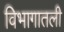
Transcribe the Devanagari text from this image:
विभागातली